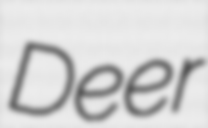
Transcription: Deer